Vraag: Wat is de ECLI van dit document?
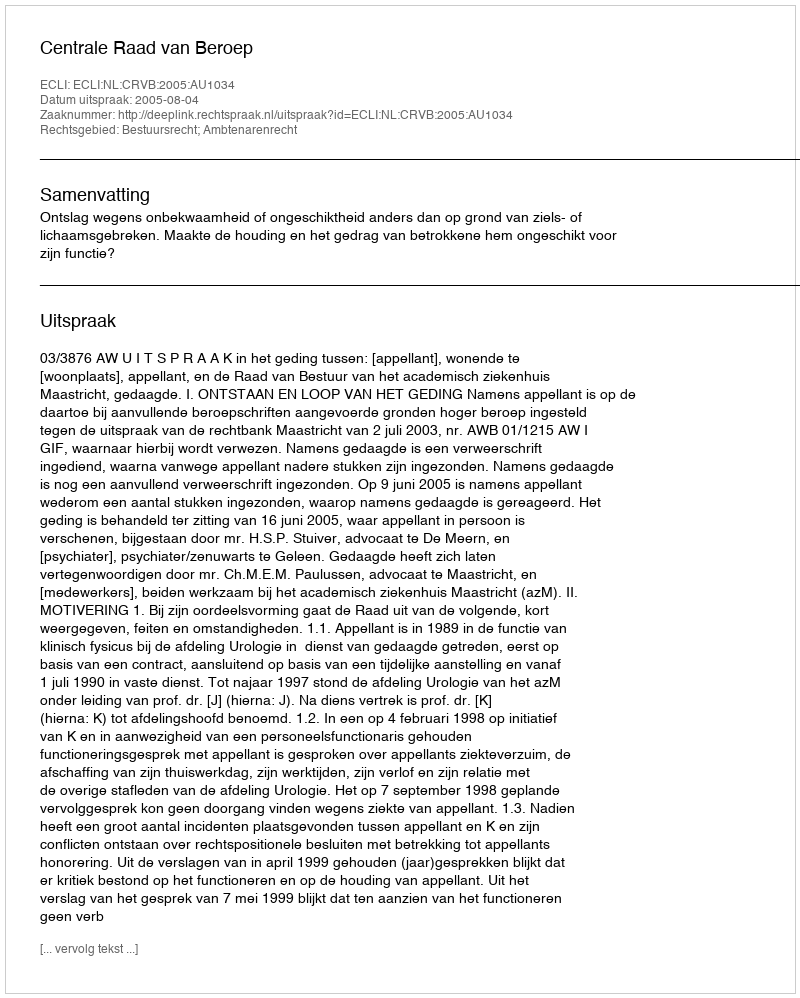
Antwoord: ECLI:NL:CRVB:2005:AU1034